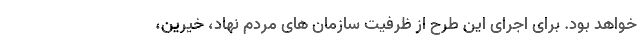
خواهد بود. برای اجرای این طرح از ظرفیت سازمان های مردم نهاد، خیرین،